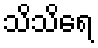
သိသိရေ